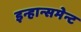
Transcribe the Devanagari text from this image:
इन्हान्समेन्ट